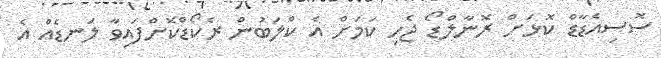
ސޮސިއެޑާޑް ކޮޅަށް ރޮނާލްޑޯ ޖެހި ކަމަށް އެ ކްލަބުން ރެކޯޑްކޮށްފައިވާ ލަނޑެއް އެ